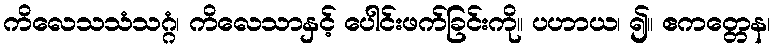
ကိလေသသံသဂ္ဂံ၊ ကိလေသာနှင့် ပေါင်းဖက်ခြင်းကို။ ပဟာယ၊ ၍။ ဧကတ္တေန၊